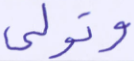
وتولى